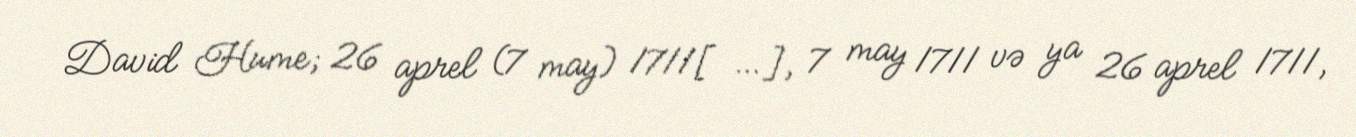
David Hume; 26 aprel (7 may) 1711[…], 7 may 1711 və ya 26 aprel 1711,